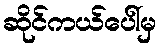
ဆိုင်ကယ်ပေါ်မှ